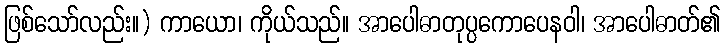
ဖြစ်သော်လည်း။) ကာယော၊ ကိုယ်သည်။ အာပေါဓာတုပ္ပကောပေနဝါ၊ အာပေါဓာတ်၏